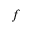
^ f